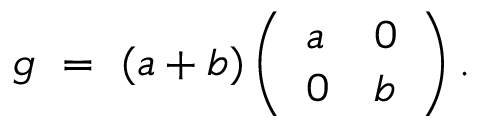
g \ = \ ( a + b ) \left( \begin{array} { l l } { a } & { 0 } \\ { 0 } & { b } \end{array} \right) .